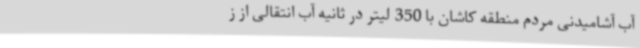
آب آشامیدنی مردم منطقه کاشان با 350 لیتر در ثانیه آب انتقالی از ز